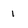
Character: 1